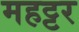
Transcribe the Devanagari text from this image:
महट्टर